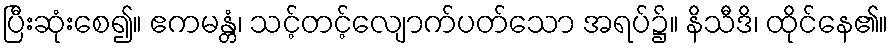
ပြီးဆုံးစေ၍။ ဧကမန္တံ၊ သင့်တင့်လျောက်ပတ်သော အရပ်၌။ နိသီဒိ၊ ထိုင်နေ၏။